255_413270_UFO's_and_Defense_What_Should_we_Prepare_For
Agency: NASA
Page 36
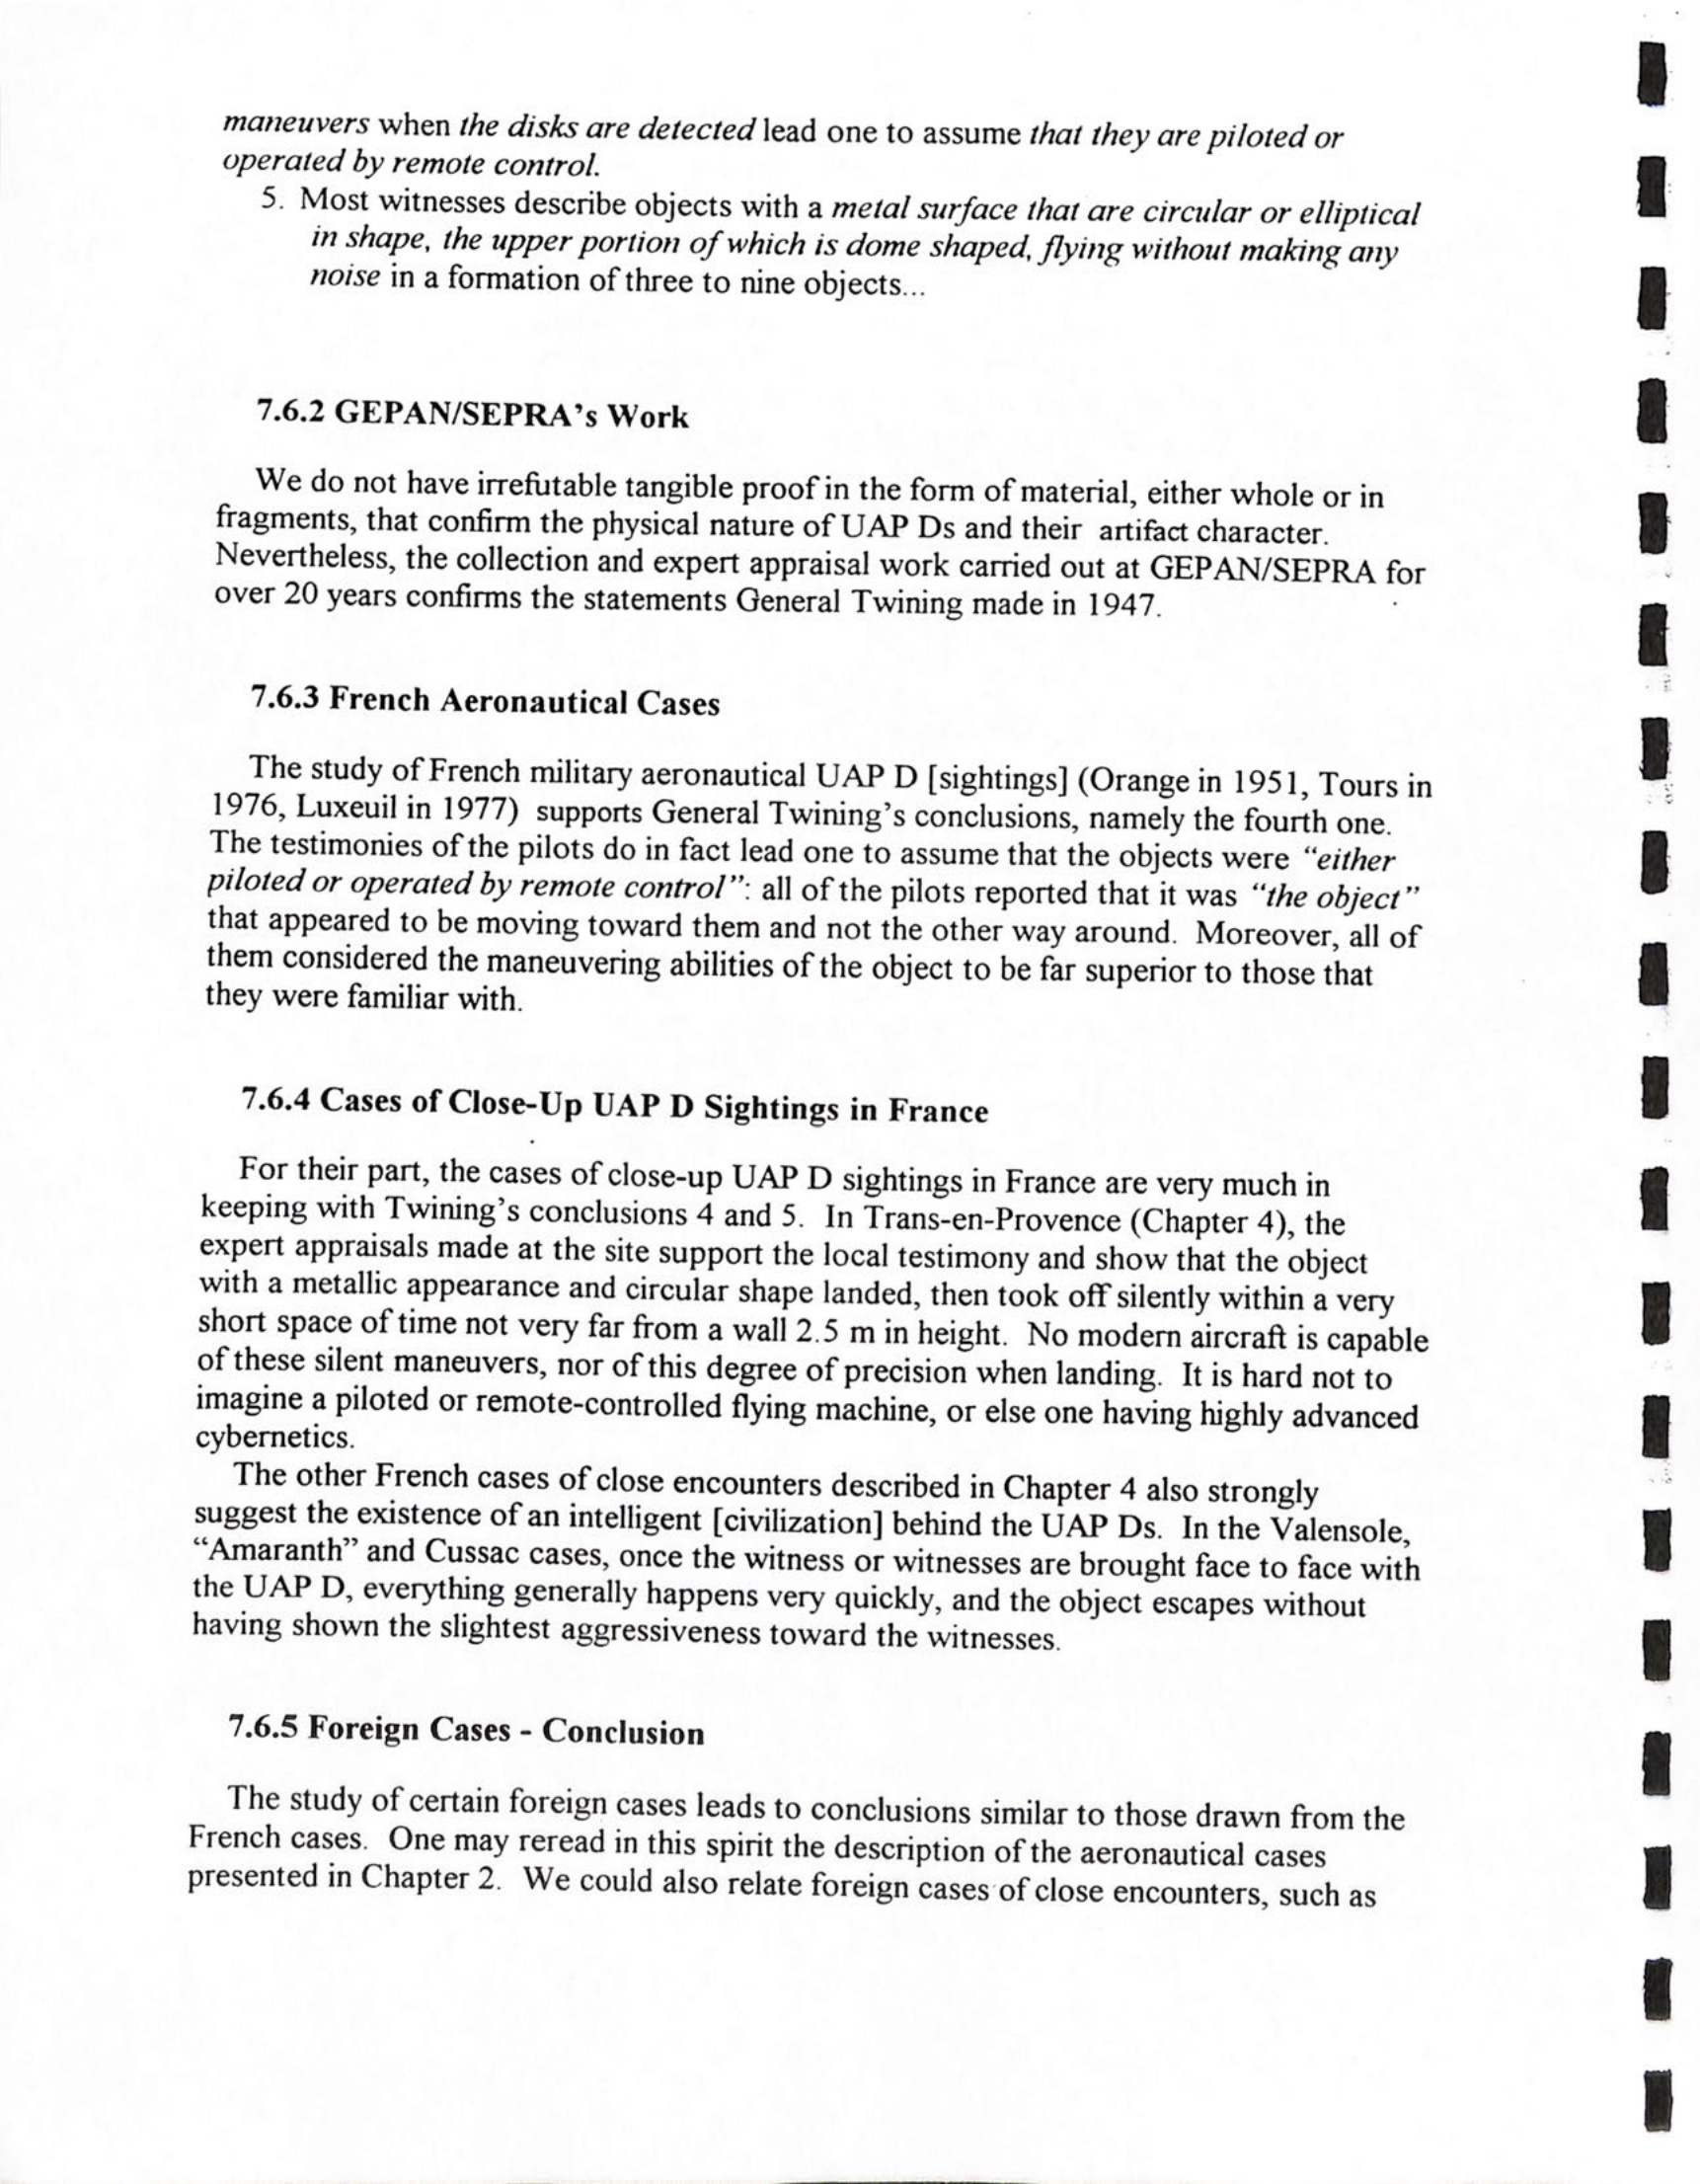